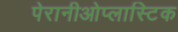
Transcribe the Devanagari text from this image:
पेरानीओप्लास्टिक